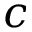
c